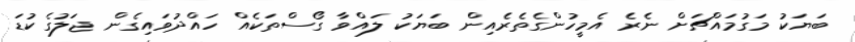
ބަޔަކު މަގުމައްޗަށް ނެރެ އެމީހުންގެތެރެއިން ބަޔަކު ލައްވާ ގޯސްތަކެއް ހައްދުވައިގެން ޖަލުގެ ކުޑަ